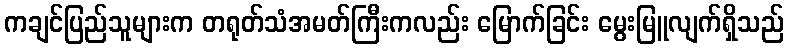
ကချင်ပြည်သူများက တရုတ်သံအမတ်ကြီးကလည်း မြောက်ခြင်း မွေးမြူလျက်ရှိသည်